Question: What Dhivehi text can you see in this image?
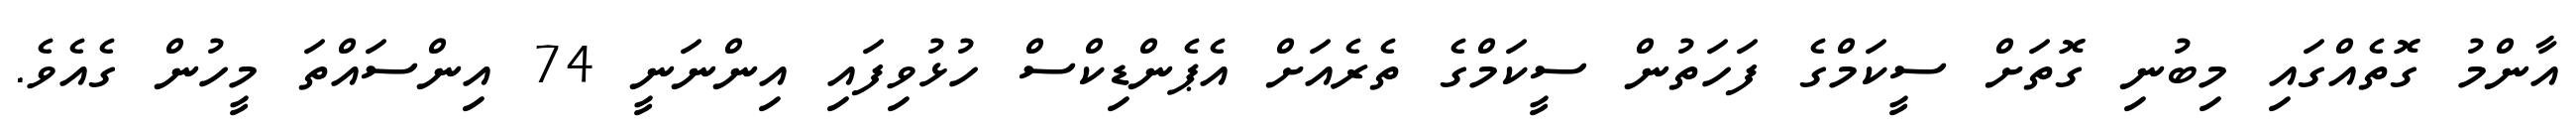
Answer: އާންމު ގޮތެއްގައި މިބުނި ގޮތަށް ސީކަމްގެ ފަހަތުން ސީކަމްގެ ތެރެއަށް އެޕެންޑިކްސް ހުޅުވިފައި އިންނަނީ 74 އިންސައްތަ މީހުން ގެއެވެ.